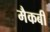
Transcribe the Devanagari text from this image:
मैकबी